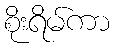
စိုးရိမ်ကာ